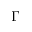
\Gamma